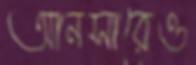
আনসারেও